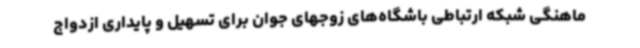
ماهنگی شبکه ارتباطی باشگاه‌های زوجهای جوان برای تسهیل و پایداری ازدواج